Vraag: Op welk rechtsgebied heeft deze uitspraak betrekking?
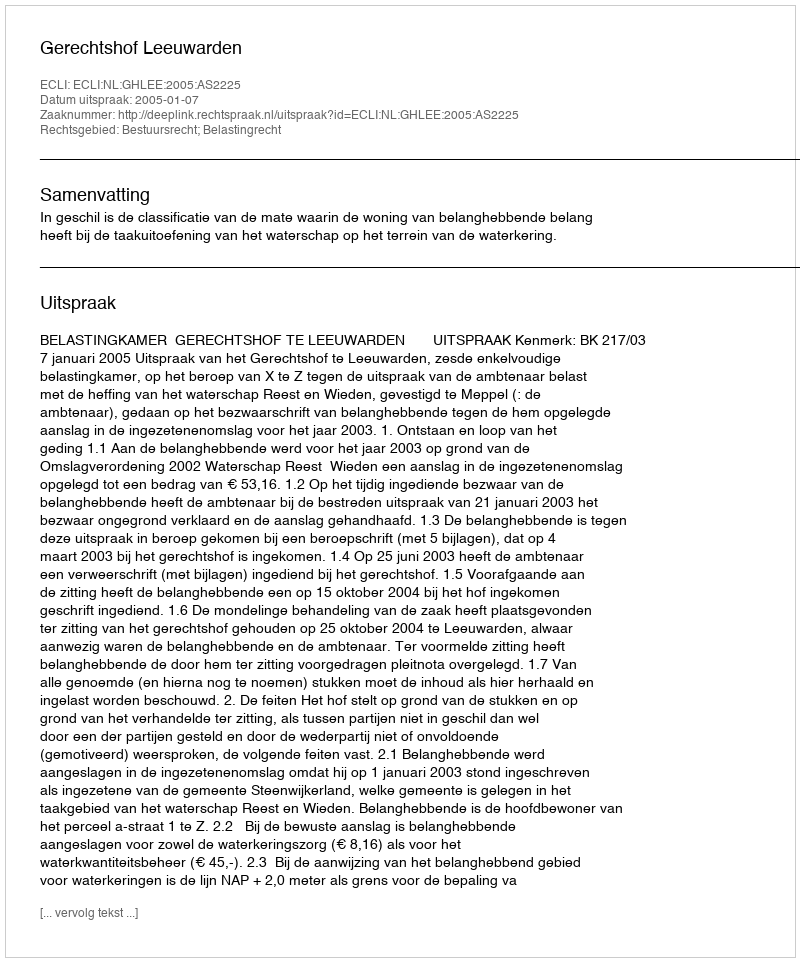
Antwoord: Bestuursrecht; Belastingrecht